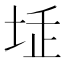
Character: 𡋨